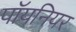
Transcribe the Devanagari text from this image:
पॉयनियर